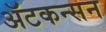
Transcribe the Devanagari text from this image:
ॲटकन्सन